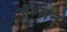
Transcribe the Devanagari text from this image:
जुम्मन